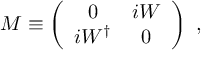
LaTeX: M \equiv \left( \begin{array} { c c } { { 0 } } & { { i W } } \\ { { i W ^ { \dagger } } } & { { 0 } } \end{array} \right) \ ,